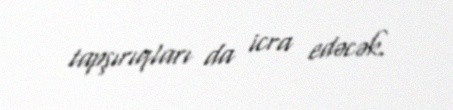
tapşırıqları da icra edəcək.